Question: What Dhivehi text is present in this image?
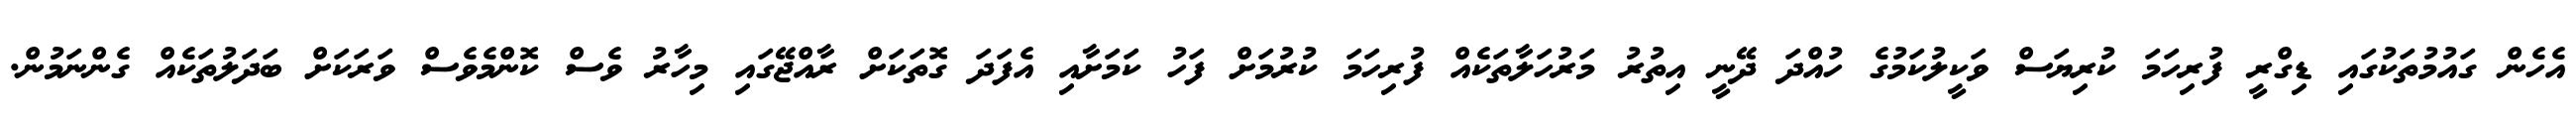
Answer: އެހެން ގައުމުތަކުގައި ޑިގްރީ ފުރިހަމަ ކުރިޔަސް ވަކީލުކަމުގެ ހުއްދަ ދޭނީ އިތުރު މަރުހަލާތަކެއް ފުރިހަމަ ކުރުމަށް ފަހު ކަމަށާއި އެފަދަ ގޮތަކަށް ރާއްޖޭގައި މިހާރު ވެސް ކޮންމެވެސް ވަރަކަށް ބަދަލުތަކެއް ގެންނަމުން.